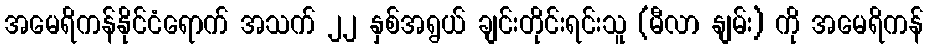
အမေရိကန်နိုင်ငံရောက် အသက် ၂၂ နှစ်အရွယ် ချင်းတိုင်းရင်းသူ (မီလာ နျမ်း) ကို အမေရိကန်